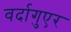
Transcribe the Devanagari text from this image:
वर्दागुएर